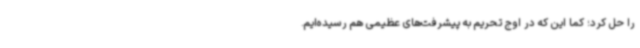
را حل کرد؛ کما این که در اوج تحریم به پیشرفت‌های عظیمی هم رسیده‌ایم.